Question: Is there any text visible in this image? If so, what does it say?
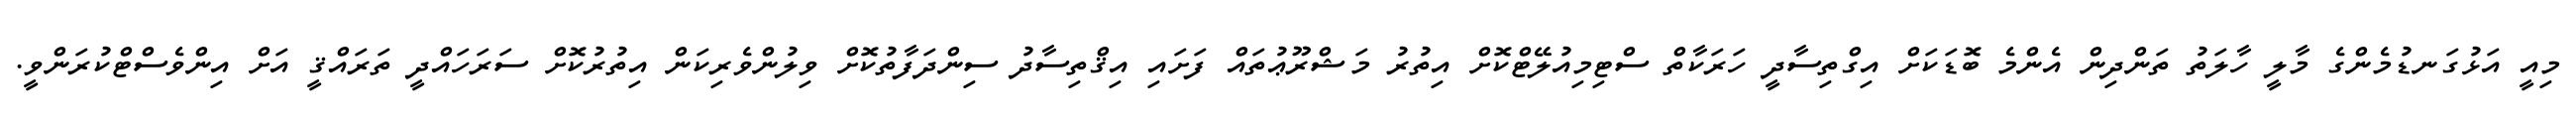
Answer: މިއީ އަޅުގަނޑުމެންގެ މާލީ ހާލަތު ތަންދިން އެންމެ ބޮޑަކަށް އިގްތިސާދީ ހަރަކާތް ސްޓިމިއުލޭޓްކޮށް އިތުރު މަޝްރޫޢުތައް ފަށައި އިޤްތިސާދު ސިންދަފާތުކޮށް ވިލުންވެރިކަން އިތުރުކޮށް ސަރަހައްދީ ތަރައްޤީ އަށް އިންވެސްޓްކުރަންވީ.